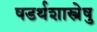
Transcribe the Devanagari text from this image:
षडर्थशास्त्रेषु